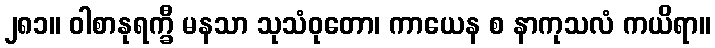
၂၈၁။ ဝါစာနုရက္ခီ မနသာ သုသံဝုတော၊ ကာယေန စ နာကုသလံ ကယိရာ။